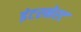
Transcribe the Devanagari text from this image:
इंटरनेरट